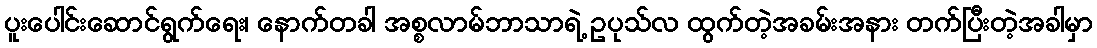
ပူးပေါင်းဆောင်ရွက်ရေး၊ နောက်တခါ အစ္စလာမ်ဘာသာရဲ့ ဥပုသ်လ ထွက်တဲ့အခမ်းအနား တက်ပြီးတဲ့အခါမှာ